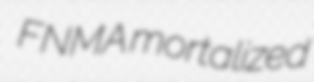
FNMA mortalized